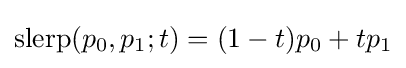
\operatorname {slerp} (p_{0},p_{1};t)=(1-t)p_{0}+tp_{1}